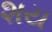
શય